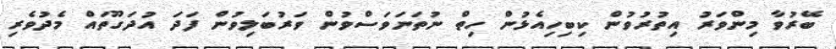
ބޭރުވާ މިންވަރު އިތުރުވުން ކިބިހިއެޅުން ހިތް ނުތަނަވަސްވުން ވަރުބަލިވުން ފަދަ އުދަގޫތައް މެދުވެރި